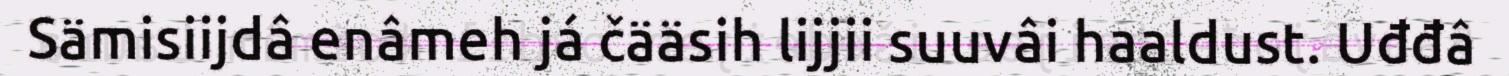
Sämisiijdâ enâmeh já čääsih lijjii suuvâi haaldust. Uđđâ